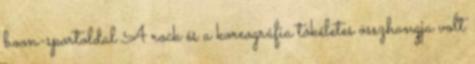
boon-sportoldal A rock és a koreográfia tökéletes összhangja volt